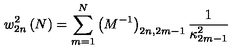
w _ { 2 n } ^ { 2 } \left( N \right) = \sum _ { m = 1 } ^ { N } \left( M ^ { - 1 } \right) _ { 2 n , 2 m - 1 } \frac { 1 } { \kappa _ { 2 m - 1 } ^ { 2 } }